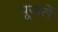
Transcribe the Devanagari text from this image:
पूजतें